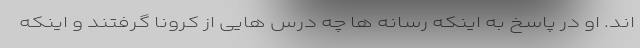
اند. او در پاسخ به اینکه رسانه ها چه درس هایی از کرونا گرفتند و اینکه